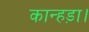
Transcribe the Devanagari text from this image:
कान्हड़ा।